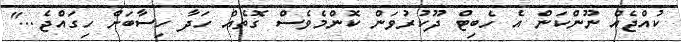
ކުއްޖެއް ނޫންކަން އެ ހެބިޓް ދޫކުރުވަން ކޮންމެވެސް ގޮތެއް ހަދާ ހިސާބަށް ހިގައްޖެ..."